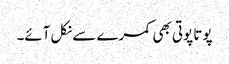
پوتا پوتی بھی کمرے سے نکل آئے۔